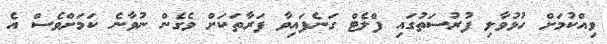
ވިއްކުމަށް ހުޅުވާލި ފުރުސަތުގައި ފްލެޓް ގަނެފައިވާ ފަރާތަކަށް ވެގެން ނުވާނެ ކަމަށްވެސް އެ